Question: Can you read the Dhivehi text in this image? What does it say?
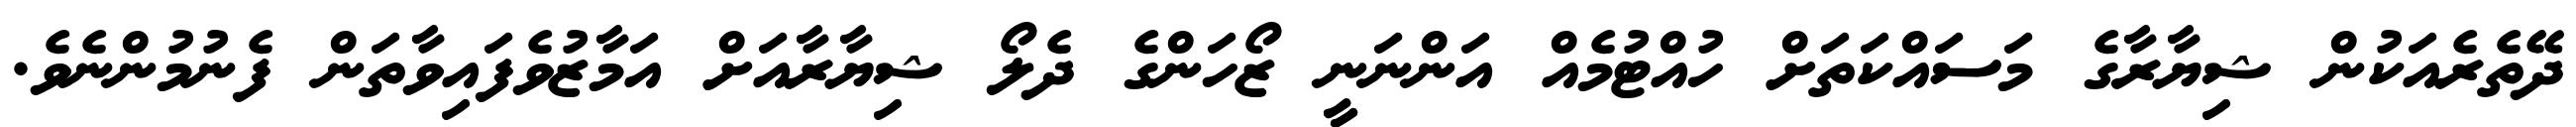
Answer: ދޭތެރެއަކުން ޝިޔާރާގެ މަސައްކަތަށް ހުއްޓުމެއް އަންނަނީ ޒޯހަންގެ ދެލޯ ޝިޔާރާއަށް އަމާޒުވެފައިވާތަން ފެނުމުންނެވެ.